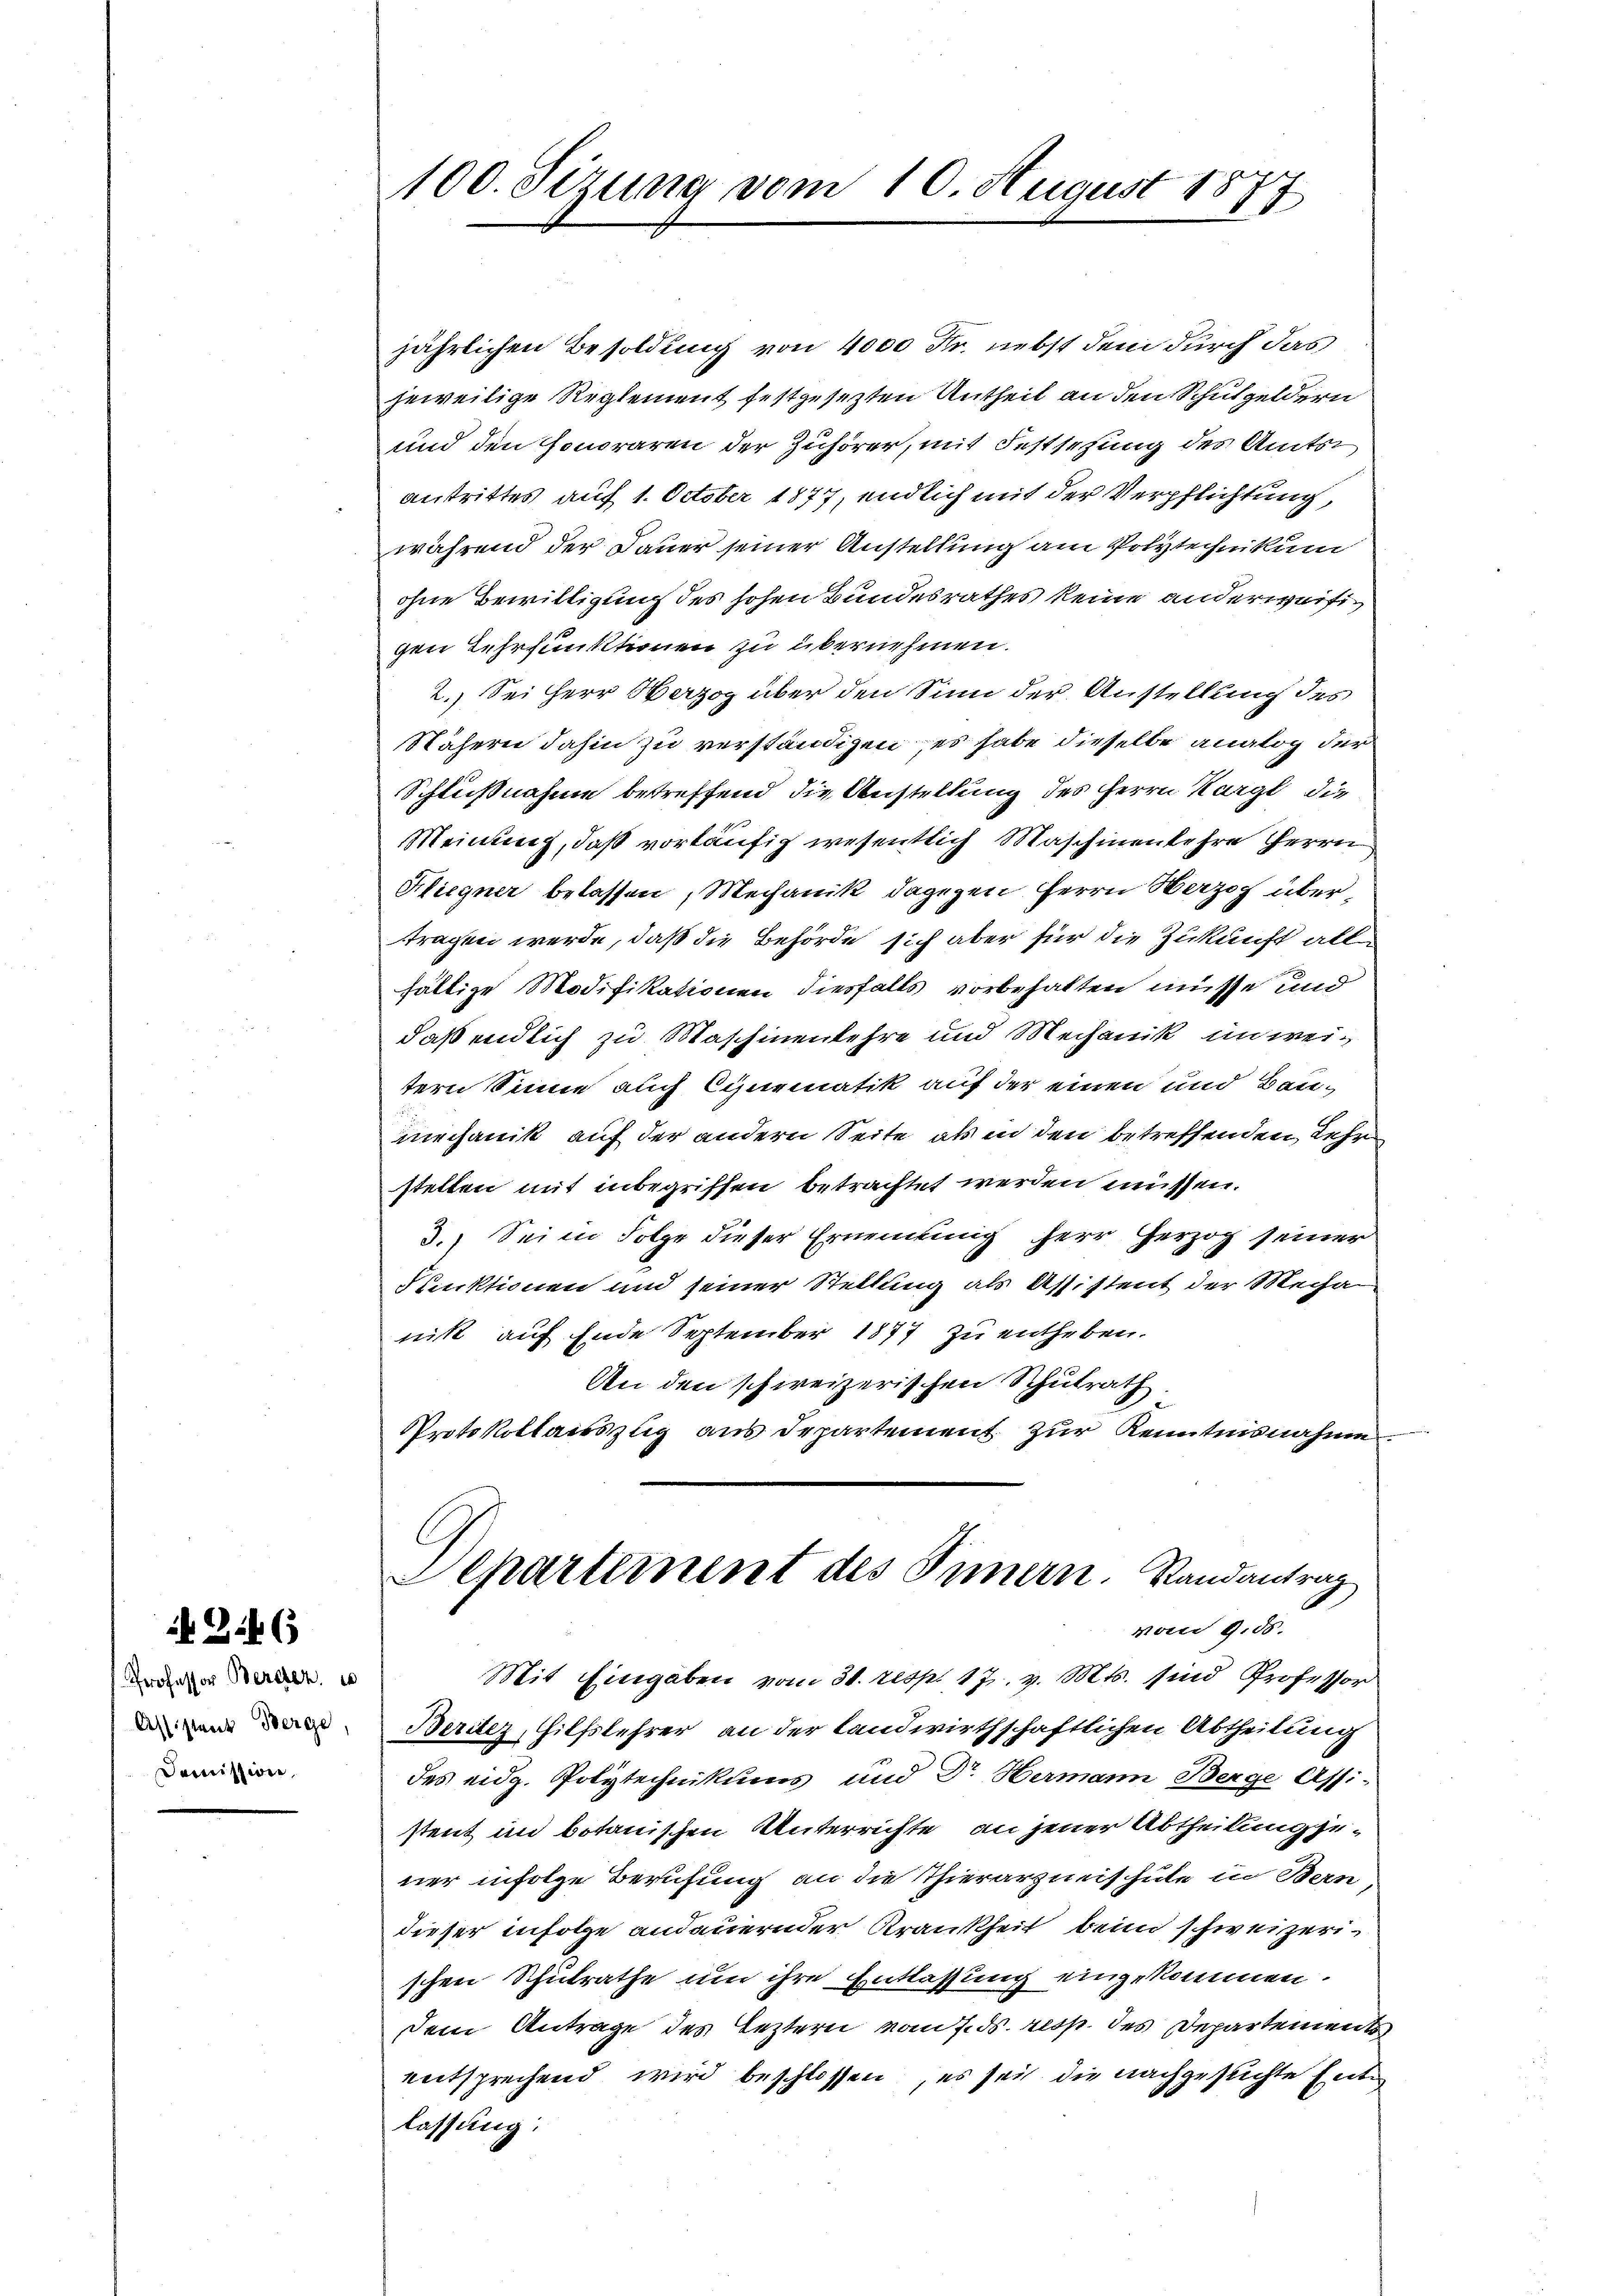
Zif. 6

Professor Bercher
Domission,

100. Sezung vom 10. August 1877

jährlichen Besoldung von 4000 Fr. nebst dem durch das
jeweilige Reglement festgesezten Antheil an den Schulgeldern
und den Honoraren der Zuhörer, mit Festsezung des Amts
antrittes auf 1. October 1877, endlich mit der Verpflichtung,
während der Dauer seiner Anstellung am Polytechnikum
ohne Bewilligung des hohen Bundesrathes keine anderweitigen Lehrfunktionen zu übernehmen.
2. Sei Herr Herzog über den Sinn der Anstellung des
Nähern dahin zu verständigen, es habe dieselbe analog der
Schlußnahme betreffend die Anstellung des Herrn Kurgl die
Meinung, daß vorläufig wesentlich Maschinenkehre Herrn
Fliegner belassen, Mechanik dagegen Herrn Herzog übertragen werde, daß die Behörde sich aber für die Zukunft all
hältige Modifikationen diesfalls vorbehalten müsse und
daß endlich zu Maschinenkehre und Mechanik im weitern Sinne auch Cipurmatik auf der einen und Baumechanik auf der andern Seite als in den betreffenden Lehr
stellen mit inbegriffen betrachtet werden müssen.
3.) Sei in Folge dieser Ernennung herr Herzog seiner
Funktionen und seiner Stellung als Assistent der Mechan
nik auf Ende September 1877 zu entheben.
An den schweizerischen Schulrath.
Protokollausszug aus Departement zur Kenntnisnahme
Departement des Innern. Randantrag
vom 9. ds.
Mit Eingaben vom 30. resp. 17. v. Mts. sind Professor
n Beritz, Hilfslehrer an der landwirthschaftlichen Abtheilung
des eidg. Polytechnikums und Dr. Hermann Berge Assi-
stent im botanischen Unterrichte, an jener Abtheilung gener infolge Berufung an die Thierarzneischule in Bern
dieser infolge andauernder Krankheit beim schweizerischen Schulrathe um ihre Entlassung eingekommen.
dem Antrage des Leztern vom 7. ds. resp. des Departements
entsprechend wird beschlossen, es sei die nachgesuchte Entlassung: